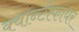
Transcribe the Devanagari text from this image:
क्वान्टीफायर